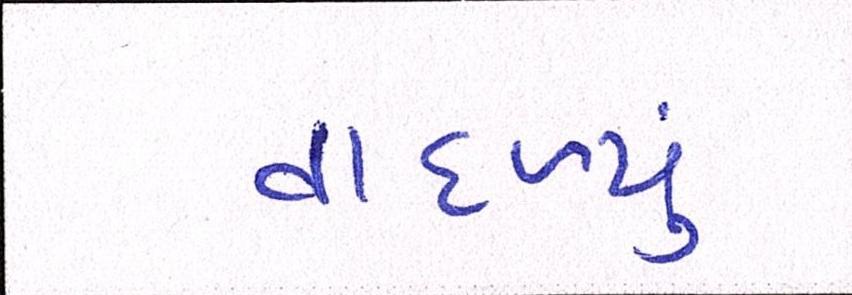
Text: વાદળ્યું